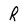
Character: R